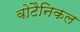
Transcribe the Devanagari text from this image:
वोटैनिकल